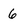
Character: 6